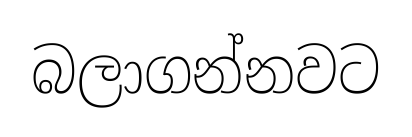
බලාගන්නවට